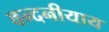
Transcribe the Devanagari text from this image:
वन्दनीयाय